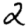
Digit: 2